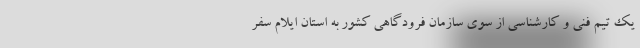
یک تیم فنی و کارشناسی از سوی سازمان فرودگاهی کشور به استان ایلام سفر